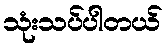
သုံးသပ်ပါတယ်